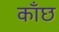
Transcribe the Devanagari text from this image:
काँछ